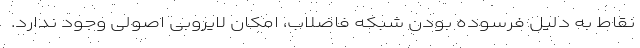
نقاط به دلیل فرسوده بودن شبکه فاضلاب، امکان لایروبی اصولی وجود ندارد.